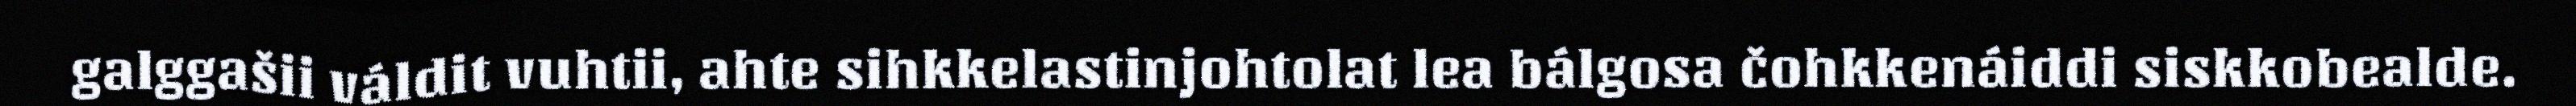
galggašii váldit vuhtii, ahte sihkkelastinjohtolat lea bálgosa čohkkenáiddi siskkobealde.